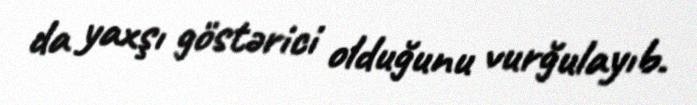
da yaxşı göstərici olduğunu vurğulayıb.